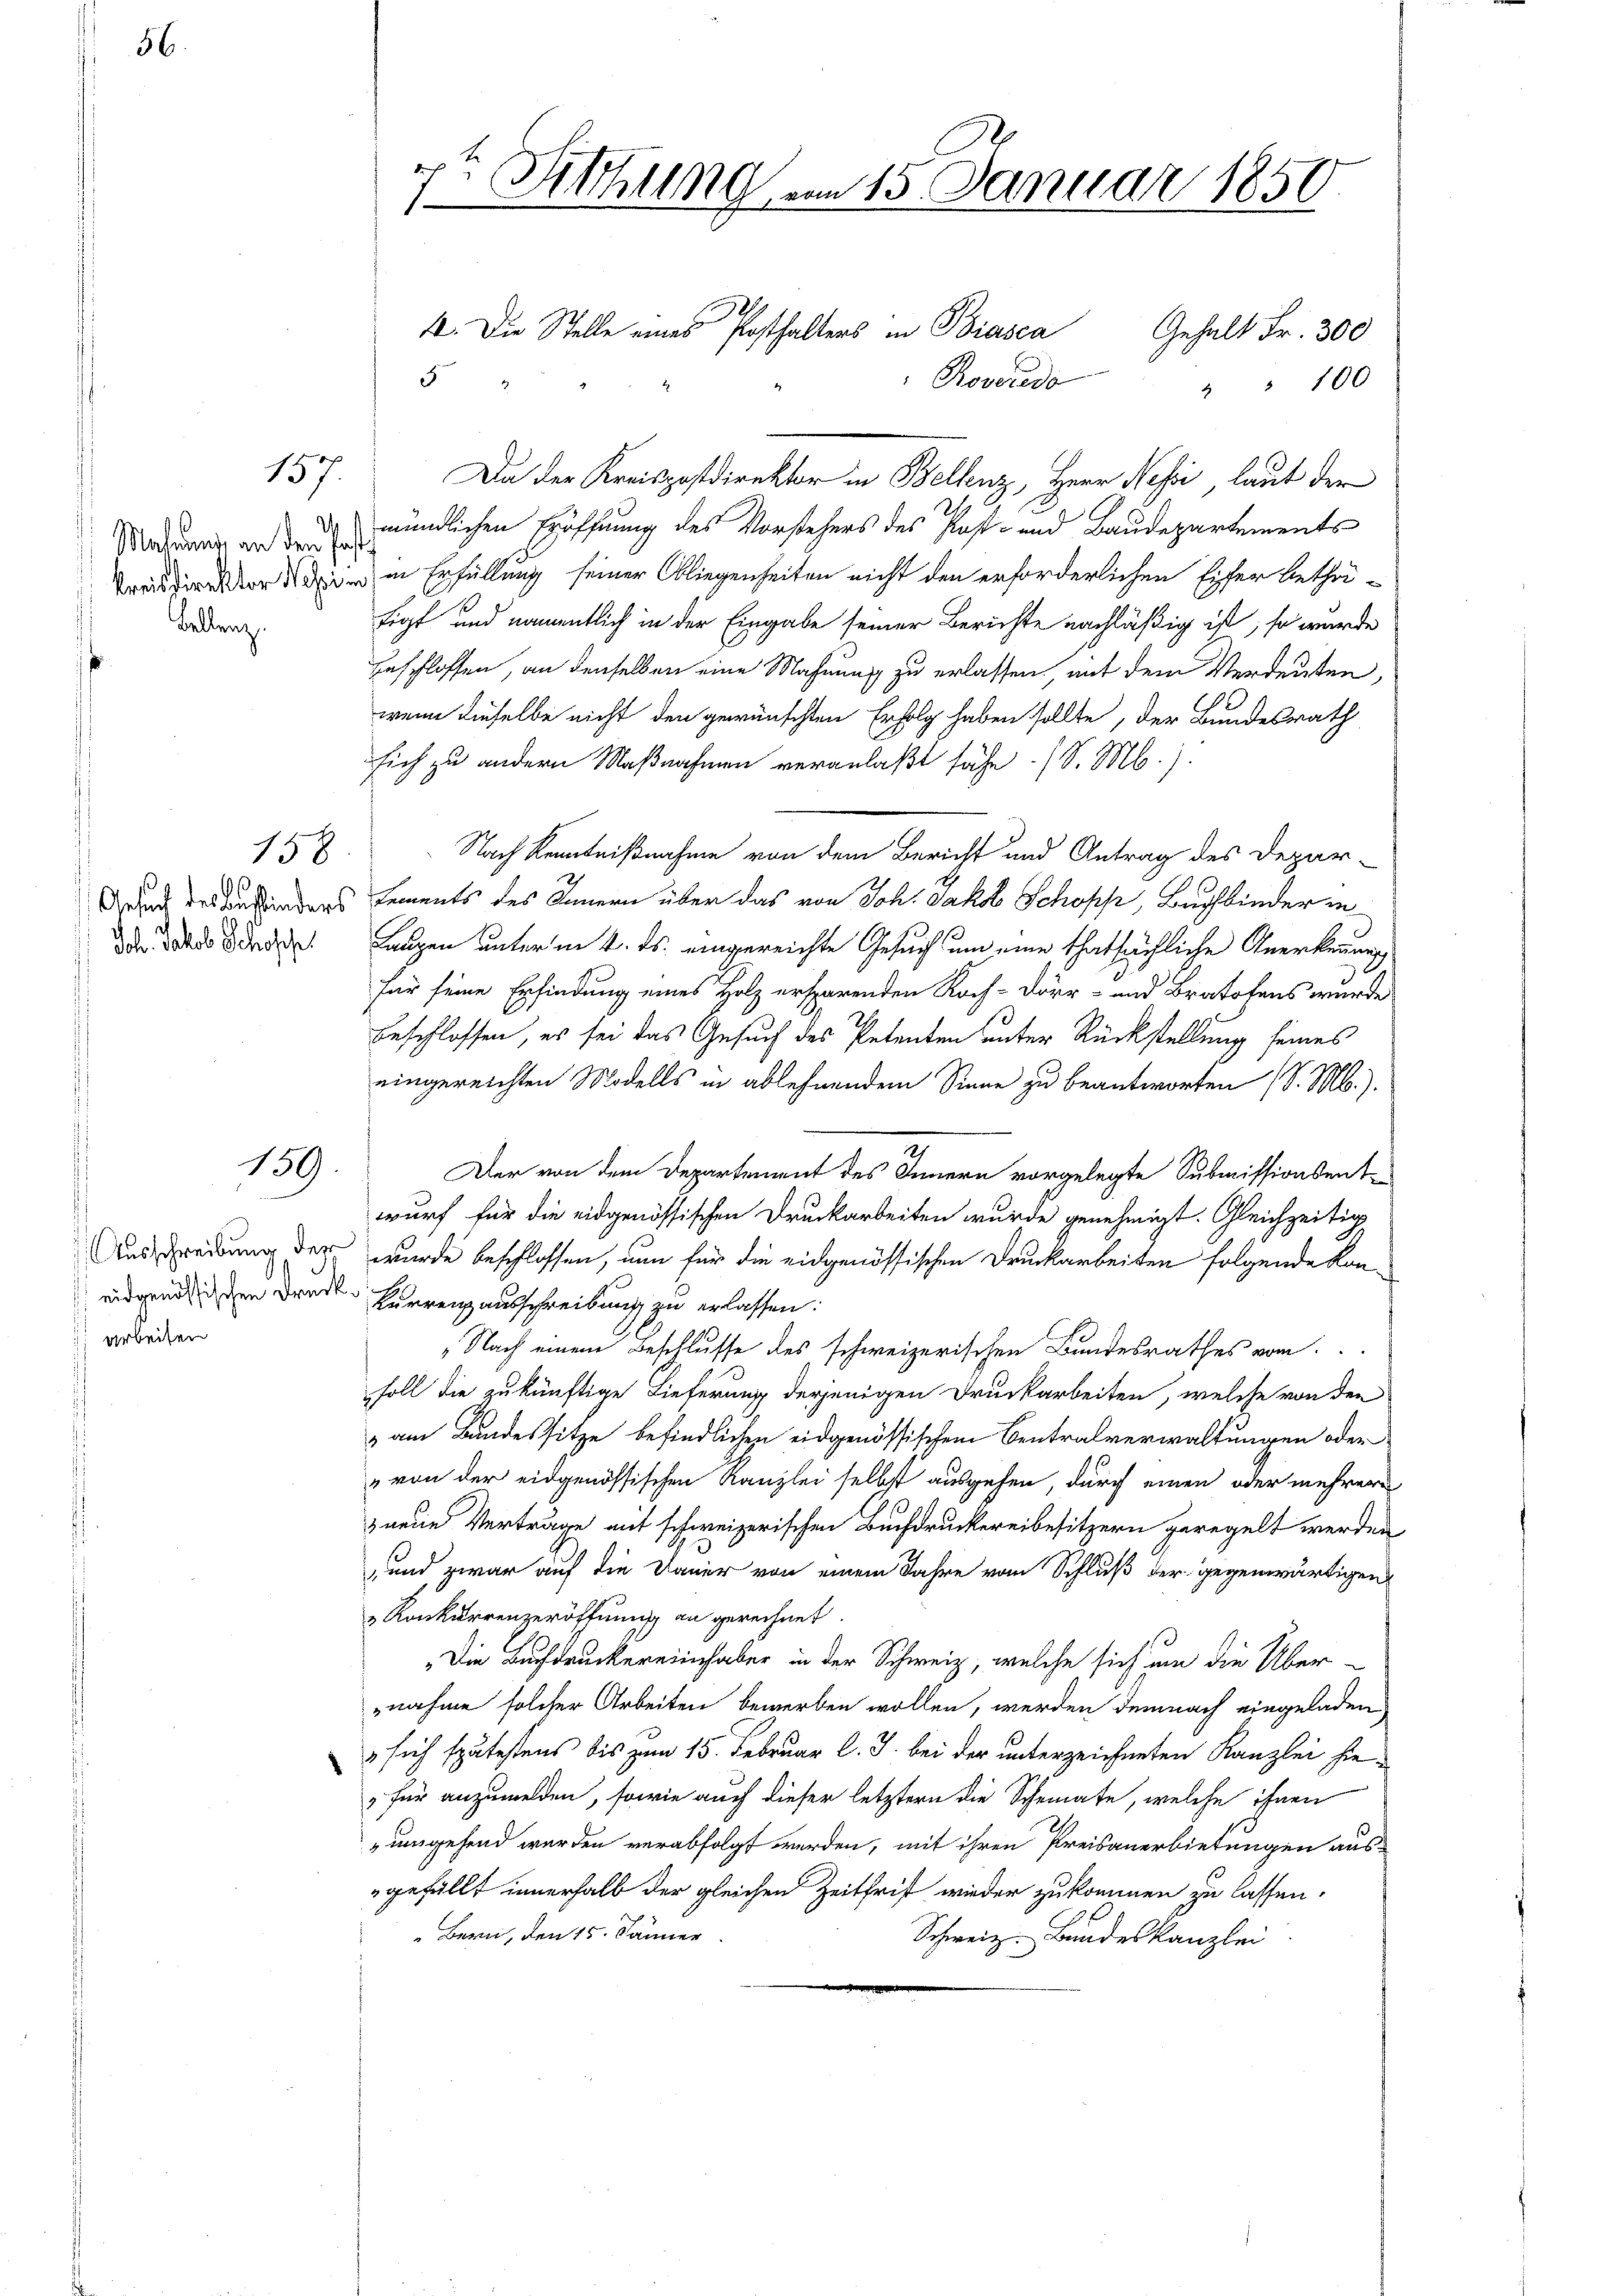
137.

Malans, an den Past
Bellenz,

158

Joh. Jakob Schoffe.

139.

arbeiten

Rovereda
2 " 100
Da der Kreispostdirektor in Bellenz, Herr Resi, laut der
mündlichen Eröffnung des Vorstehers des Post- und Baudepartements
Tradirector die in Erfüllung seiner Obliegenheiten nicht den erforderlichen Eifer betheifigt und namentlich in der Eingabe seiner Berichte nachläßig ist, so wurde
unschlossen, an denselben eine Mahnung zu erlassen, mit dem Verdeuten,
wenn dieselbe nicht den gewünschten Erfolg haben sollte, der Bundesrath
sich zu andern Maßnahmen veranlaßt sähe. (S. Mb.).
Nach Kenntnißnahme von dem Bericht und Antrag des Depar-
Grund des Dienständers Lements des Innern über das von Joh. Jakob Schopp, Buchbinder in
Laupen unter in 4. ds. eingereichte Gesuch um eine thatsächliche Anerkennung
für seine Erfindung eines Holz ersparenden Koch-Dörr- und Bratofens wurde
beschlossen, es sei das Gesuch des Petenten unter Rückstellung seines
eingereichten Modells in ablehnendem Sinne zu beantworten (S. M.).
Der von dem Departement des Innern vorgelegte Submissionsentwurf für die eidgenössischen Druckarbeiten wurde genehmigt. Gleichzeitig
Austreibung des wurde beschlossen, nun für die eidgenössischen Druckarbeiten folgende Kaneidgend den Druck Furrenzausschreibung zu erlassen:
„Nach einem Beschlusse des schweizerischen Bundesrathes von
soll die zukünftige Lieferung derjenigen Druckarbeiten, welche von den
 am Bundessitze befindlichen eidgenössischem Centralverwaltungen oder
" von der eidgenössischen Kanzlei selbst ausgehen, durch einen oder mehrere
neue Verträge mit schweizerischen Buchdruckereibesitzern geregelt werden
und zwar auf die Dauer von einem Jahre vom Schluß der gegenwärtigen
Konkurrenzeröffnung an gerechnet.
Die Buchdruckereinhaber in der Schweiz, welche sich um die Über-
nahme solcher Arbeiten bewerben wollen, werden demnach eingeladen
 sich spätestens bis zum 15. Februar l. J. bei der unterzeichneten Kanzlei hiefür anzumelden, sowie auch dieser letztern die Schemate, welche ihnen
umgehend werden verabfolgt werden, mit ihren Preisanerbietungen ausgefüllt innerhalb der gleichen Zeitfrist wieder zukommen zu lassen.
Bern, den 15. Jänner
Schweiz. Bundeskanzlei

e Sittlung am 15. Januar 1850
f

5

4. Die Stelle eines Posthalters in Biasca Gehalt Fr. 300